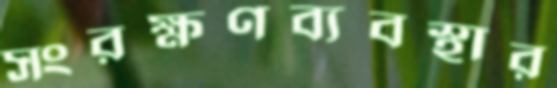
সংরক্ষণব্যবস্থার